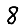
Digit: 8